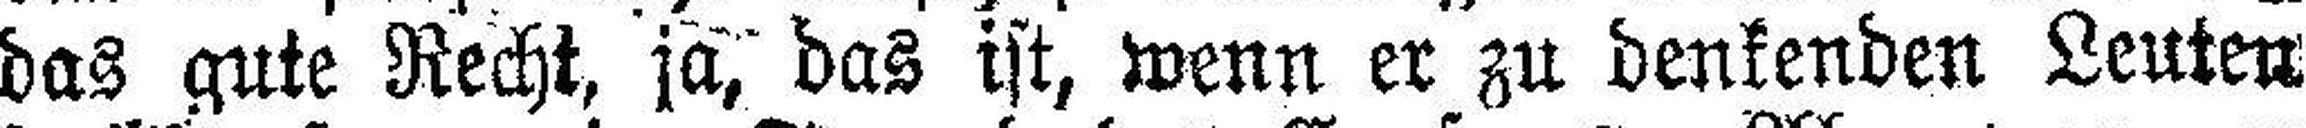
das gute Recht, ja, das ist, wenn er zu denkenden Leuten